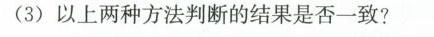
(3)以上两种方法判断的结果是否一致?